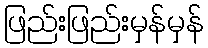
ဖြည်းဖြည်းမှန်မှန်